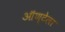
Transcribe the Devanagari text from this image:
ऑण्टेला